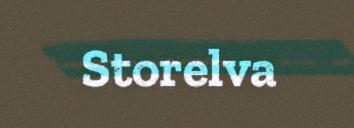
Storelva